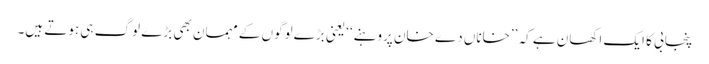
پنجابی کا ایک اکھان ہے کہ ’’خاناں دے خان پروہنے‘‘ یعنی بڑے لوگوں کے مہمان بھی بڑے لوگ ہی ہوتے ہیں۔